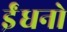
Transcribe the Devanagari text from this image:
ईंधनो